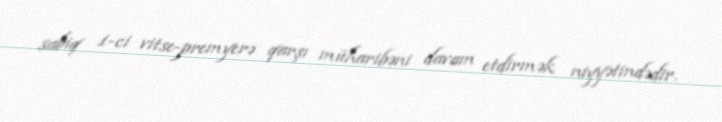
sabiq 1-ci vitse-premyerə qarşı müharibəni davam etdirmək niyyətindədir.